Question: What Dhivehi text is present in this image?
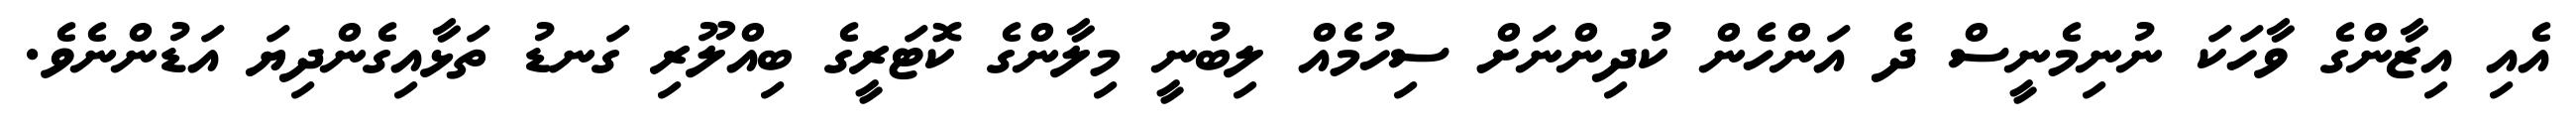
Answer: އެއި އިޒާންގެ ވާހަކަ ނުނިމެނީސް ދެ އަންހެން ކުދިންނަށް ސިހުމެއް ލިބުނީ މިލާންގެ ކޮޓަރީގެ ބިއްލޫރި ގަނޑު ތަޅާއިގެންދިޔަ އަޑުންނެވެ.